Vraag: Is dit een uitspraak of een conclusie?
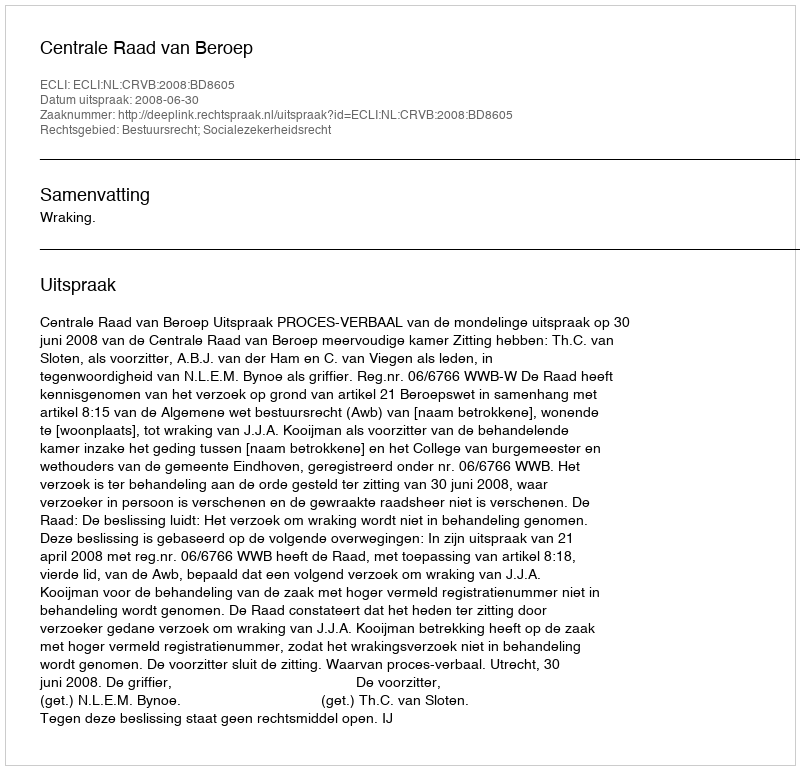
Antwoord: Uitspraak